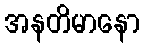
အနတိမာနော